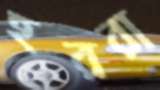
হররা